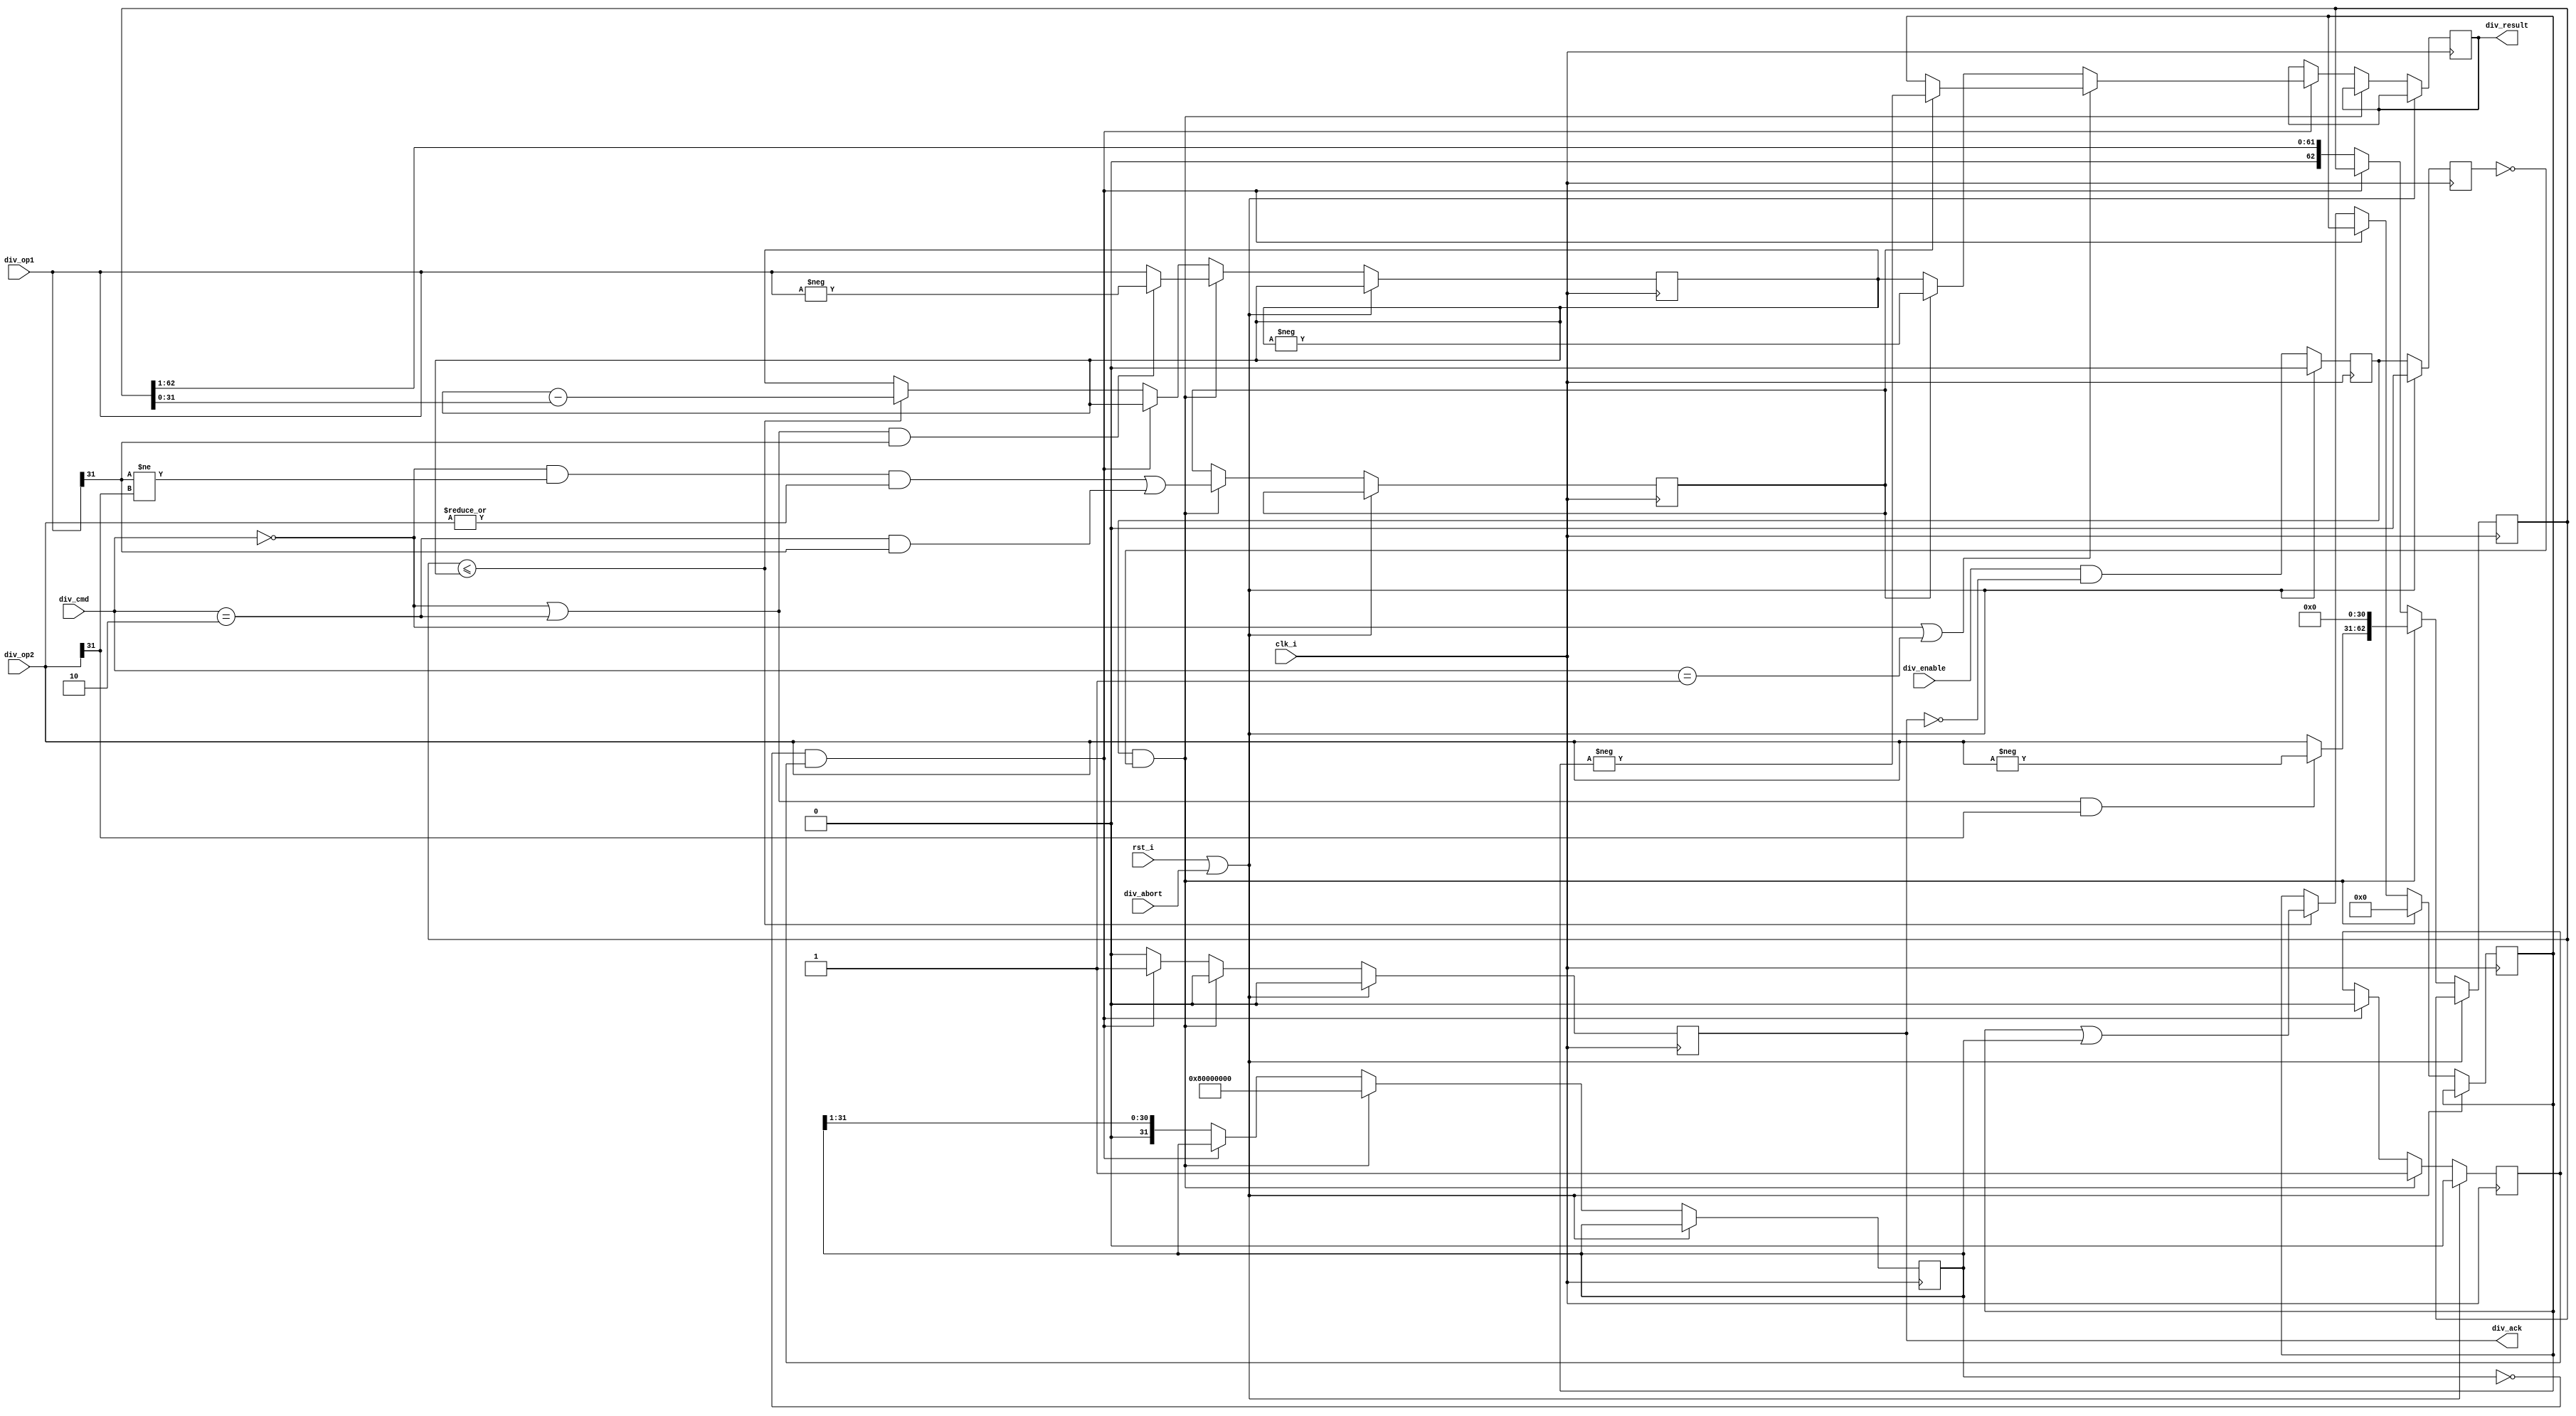
// -----------------------------------------------------------------------------
// Copyright (C) 2019 Angel Terrones <angelterrones@gmail.com>
// -----------------------------------------------------------------------------

`default_nettype none
`timescale 1 ns / 1 ps

module mirfak_divider (
                       input wire clk_i,
                       input wire rst_i,
                       // pipeline interface
                       input wire [31:0] div_op1,
                       input wire [31:0] div_op2,
                       input wire [1:0]  div_cmd,
                       input wire        div_enable,
                       input wire        div_abort,
                       output reg [31:0] div_result,
                       output reg        div_ack
                       );
    //--------------------------------------------------------------------------
    wire       is_div, is_divu, is_rem;
    reg [31:0] dividend;
    reg [62:0] divisor;
    reg [31:0] quotient;
    reg [31:0] quotient_mask;
    reg        start, start_q, running, outsign;
    //
    assign is_div  = div_cmd == 2'b00;
    assign is_divu = div_cmd == 2'b01;
    assign is_rem  = div_cmd == 2'b10;
    //
    always @(posedge clk_i) begin
        if (rst_i || div_abort) begin
            start   <= 0;
            start_q <= 0;
        end else begin
            start   <= div_enable && !div_ack;
            start_q <= start;
        end
    end
    //
    always @(posedge clk_i) begin
        if (rst_i || div_abort) begin
            div_ack <= 0;
            running <= 0;
        end else begin
            div_ack <= 0;
            // verilator lint_off WIDTH
            if (start && !start_q) begin
                running       <= 1;
                dividend      <= ((is_div || is_rem) && div_op1[31]) ? -div_op1 : div_op1;
                divisor       <= (((is_div || is_rem) && div_op2[31]) ? -div_op2 : div_op2) << 31;
                outsign       <= (is_div && (div_op1[31] != div_op2[31]) && |div_op2) || (is_rem && div_op1[31]);
                quotient      <= 0;
                quotient_mask <= 1 << 31;
            end else if (quotient_mask == 0 && running) begin
                running <= 0;
                div_ack <= 1;
                if (is_div || is_divu) begin
                    div_result <= outsign ? -quotient : quotient;
                end else begin
                    div_result <= outsign ? -dividend : dividend;
                end
            end else begin
                if (divisor <= dividend) begin
                    dividend <= dividend - divisor;
                    quotient <= quotient | quotient_mask;
                end
                divisor <= divisor >> 1;
                quotient_mask <= quotient_mask >> 1;
            end
            // verilator lint_on WIDTH
        end
    end
    //--------------------------------------------------------------------------
endmodule